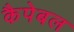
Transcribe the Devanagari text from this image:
कैपेबल